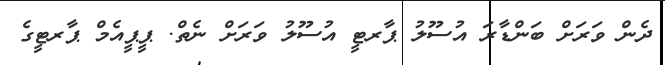
ދެން ވަރަށް ބަންޑާރަ އުސޫލު ޕާރޓީ އުސޫލު ވަރަށް ނެތް. ޕީޕީއެމް ޕާރޓީގެ